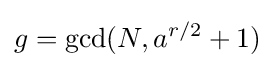
g=\gcd(N,a^{r/2}+1)